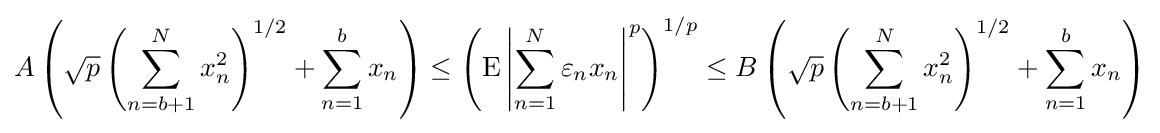
A\left({\sqrt {p}}\left(\sum _{n=b+1}^{N}x_{n}^{2}\right)^{1/2}+\sum _{n=1}^{b}x_{n}\right)\leq \left(\operatorname {E} \left|\sum _{n=1}^{N}\varepsilon _{n}x_{n}\right|^{p}\right)^{1/p}\leq B\left({\sqrt {p}}\left(\sum _{n=b+1}^{N}x_{n}^{2}\right)^{1/2}+\sum _{n=1}^{b}x_{n}\right)